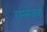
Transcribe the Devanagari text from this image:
रामसेजचा